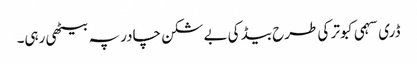
ڈری سہمی کبوتر کی طرح بیڈ کی بے شکن چادر پہ بیٹھی رہی۔